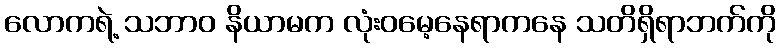
လောကရဲ့ သဘာဝ နိယာမက လုံးဝမေ့နေရာကနေ သတိရှိရာဘက်ကို